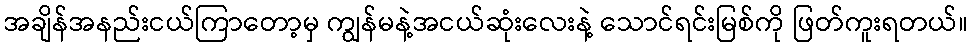
အချိန်အနည်းငယ်ကြာတော့မှ ကျွန်မနဲ့အငယ်ဆုံးလေးနဲ့ သောင်ရင်းမြစ်ကို ဖြတ်ကူးရတယ်။